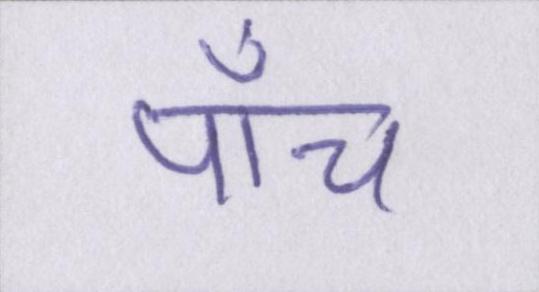
पाँच